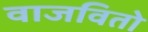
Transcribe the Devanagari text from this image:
वाजवितो